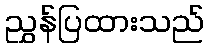
ညွှန်ပြထားသည်